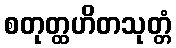
စတုတ္ထဟိတသုတ္တံ